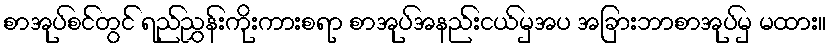
စာအုပ်စင်တွင် ရည်ညွှန်းကိုးကားစရာ စာအုပ်အနည်းငယ်မှအပ အခြားဘာစာအုပ်မှ မထား။